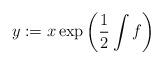
LaTeX: \begin{align*}y:=x\exp\left(\frac{1}{2}\int f\right)\end{align*}